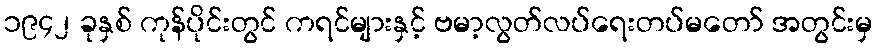
၁၉၄၂ ခုနှစ် ကုန်ပိုင်းတွင် ကရင်များနှင့် ဗမာ့လွတ်လပ်ရေးတပ်မတော် အတွင်းမှ